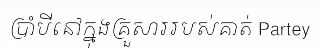
ប្រាំបីនៅក្នុងគ្រួសាររបស់គាត់ Partey